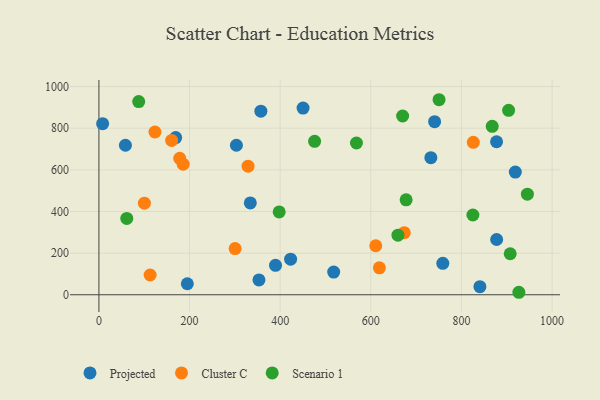
{"axis": {"x": "Study Hours", "y": "Sales"}, "legend": ["Cluster C", "Projected", "Scenario 1"], "data": [{"x": "758.9", "y": 150.8, "type": "Projected"}, {"x": "389.7", "y": 141.5, "type": "Projected"}, {"x": "353.2", "y": 71.4, "type": "Projected"}, {"x": "450.5", "y": 896.4, "type": "Projected"}, {"x": "518.1", "y": 108.8, "type": "Projected"}, {"x": "303.4", "y": 717.9, "type": "Projected"}, {"x": "840.8", "y": 38.8, "type": "Projected"}, {"x": "877.5", "y": 734.8, "type": "Projected"}, {"x": "877.7", "y": 265.4, "type": "Projected"}, {"x": "732.5", "y": 658.1, "type": "Projected"}, {"x": "334.1", "y": 441.2, "type": "Projected"}, {"x": "195.1", "y": 52.8, "type": "Projected"}, {"x": "8.2", "y": 821.4, "type": "Projected"}, {"x": "169.4", "y": 754.6, "type": "Projected"}, {"x": "423.0", "y": 170.8, "type": "Projected"}, {"x": "58.5", "y": 718.0, "type": "Projected"}, {"x": "740.8", "y": 831.4, "type": "Projected"}, {"x": "918.9", "y": 589.0, "type": "Projected"}, {"x": "357.4", "y": 881.7, "type": "Projected"}, {"x": "185.9", "y": 626.9, "type": "Cluster C"}, {"x": "100.4", "y": 439.7, "type": "Cluster C"}, {"x": "610.9", "y": 235.4, "type": "Cluster C"}, {"x": "160.5", "y": 741.2, "type": "Cluster C"}, {"x": "123.7", "y": 781.7, "type": "Cluster C"}, {"x": "826.2", "y": 731.8, "type": "Cluster C"}, {"x": "300.6", "y": 222.0, "type": "Cluster C"}, {"x": "673.8", "y": 298.0, "type": "Cluster C"}, {"x": "113.0", "y": 94.9, "type": "Cluster C"}, {"x": "329.1", "y": 617.7, "type": "Cluster C"}, {"x": "178.3", "y": 655.4, "type": "Cluster C"}, {"x": "618.9", "y": 129.4, "type": "Cluster C"}, {"x": "677.9", "y": 456.0, "type": "Scenario 1"}, {"x": "61.5", "y": 366.7, "type": "Scenario 1"}, {"x": "670.2", "y": 858.4, "type": "Scenario 1"}, {"x": "926.7", "y": 11.9, "type": "Scenario 1"}, {"x": "750.6", "y": 936.6, "type": "Scenario 1"}, {"x": "476.0", "y": 737.0, "type": "Scenario 1"}, {"x": "659.9", "y": 286.0, "type": "Scenario 1"}, {"x": "945.5", "y": 483.0, "type": "Scenario 1"}, {"x": "825.3", "y": 383.1, "type": "Scenario 1"}, {"x": "904.1", "y": 885.8, "type": "Scenario 1"}, {"x": "568.3", "y": 728.8, "type": "Scenario 1"}, {"x": "87.8", "y": 927.7, "type": "Scenario 1"}, {"x": "867.9", "y": 809.0, "type": "Scenario 1"}, {"x": "907.6", "y": 196.9, "type": "Scenario 1"}, {"x": "397.8", "y": 397.9, "type": "Scenario 1"}]}